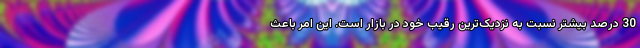
30 درصد بیشتر نسبت به نزدیک‌ترین رقیب خود در بازار است. این امر باعث